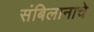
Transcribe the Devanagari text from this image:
संबिलानाचे